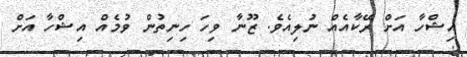
އިޝްހާ އަށް ރޭކާއެއް ނުލިއެވެ. ޒޫނާ ވިހަ ހިނިތުން ވުމެއް އިޝްހާ އަށް